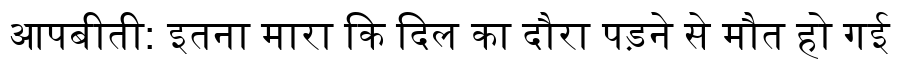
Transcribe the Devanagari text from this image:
आपबीती: इतना मारा कि दिल का दौरा पड़ने से मौत हो गई